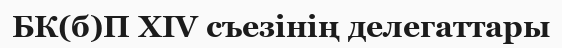
БК(б)П XIV съезінің делегаттары